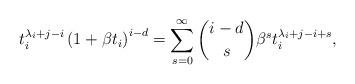
LaTeX: \begin{align*}t_i^{\lambda_i+j-i} \left(1+\beta t_i\right)^{i-d} = \sum_{s=0}^{\infty} \binom{i-d}{s} \beta^s t_i^{\lambda_i+j-i+s},\end{align*}